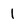
Character: I